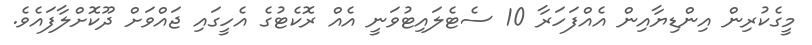
މީގެކުރިން އިންޑިޔާއިން އެއްފަހަރާ 10 ސެޓެލައިޓުވަނީ އެއް ރޮކެޓުގެ އެހީގައި ޖައްވަށް ދޫކޮށްލާފައެވެ.